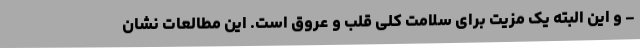
- و این البته یک مزیت برای سلامت کلی قلب و عروق است. این مطالعات نشان